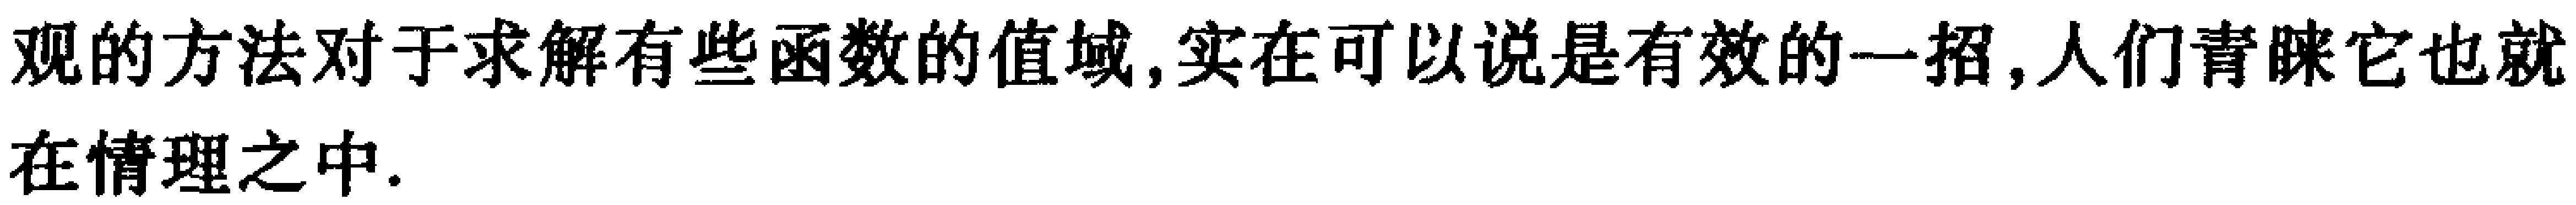
观的方法对于求解有些函数的值域,实在可以说是有效的一招,人们青睐它也就在情理之中.